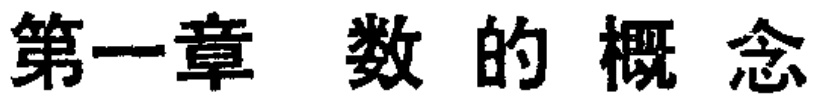
第一章 数的概念